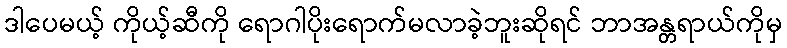
ဒါပေမယ့် ကိုယ့်ဆီကို ရောဂါပိုးရောက်မလာခဲ့ဘူးဆိုရင် ဘာအန္တရာယ်ကိုမှ